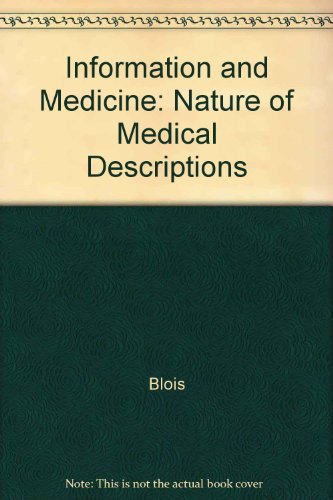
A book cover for Information and Medicine: The Nature of Medical Descriptions; Marsden S. Blois; Medical Books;